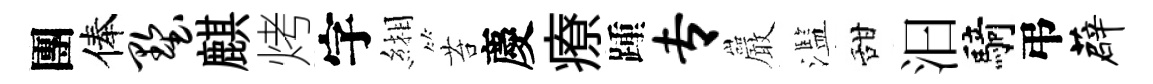
團俸墅麒烤字緗苔慶療踵专巖濫甜汩騎弔薜